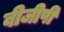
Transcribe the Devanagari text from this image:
वीजीपी